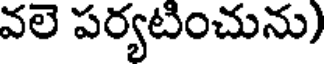
వలె పర్యటించును)